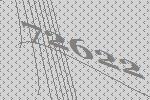
72622